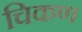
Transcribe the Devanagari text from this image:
चिकण